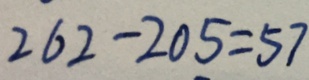
2 6 2 - 2 0 5 = 5 7